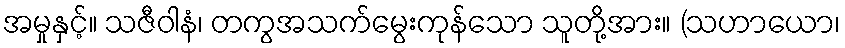
အမှုနှင့်။ သဇီဝါနံ၊ တကွအသက်မွေးကုန်သော သူတို့အား။ (သဟာယော၊